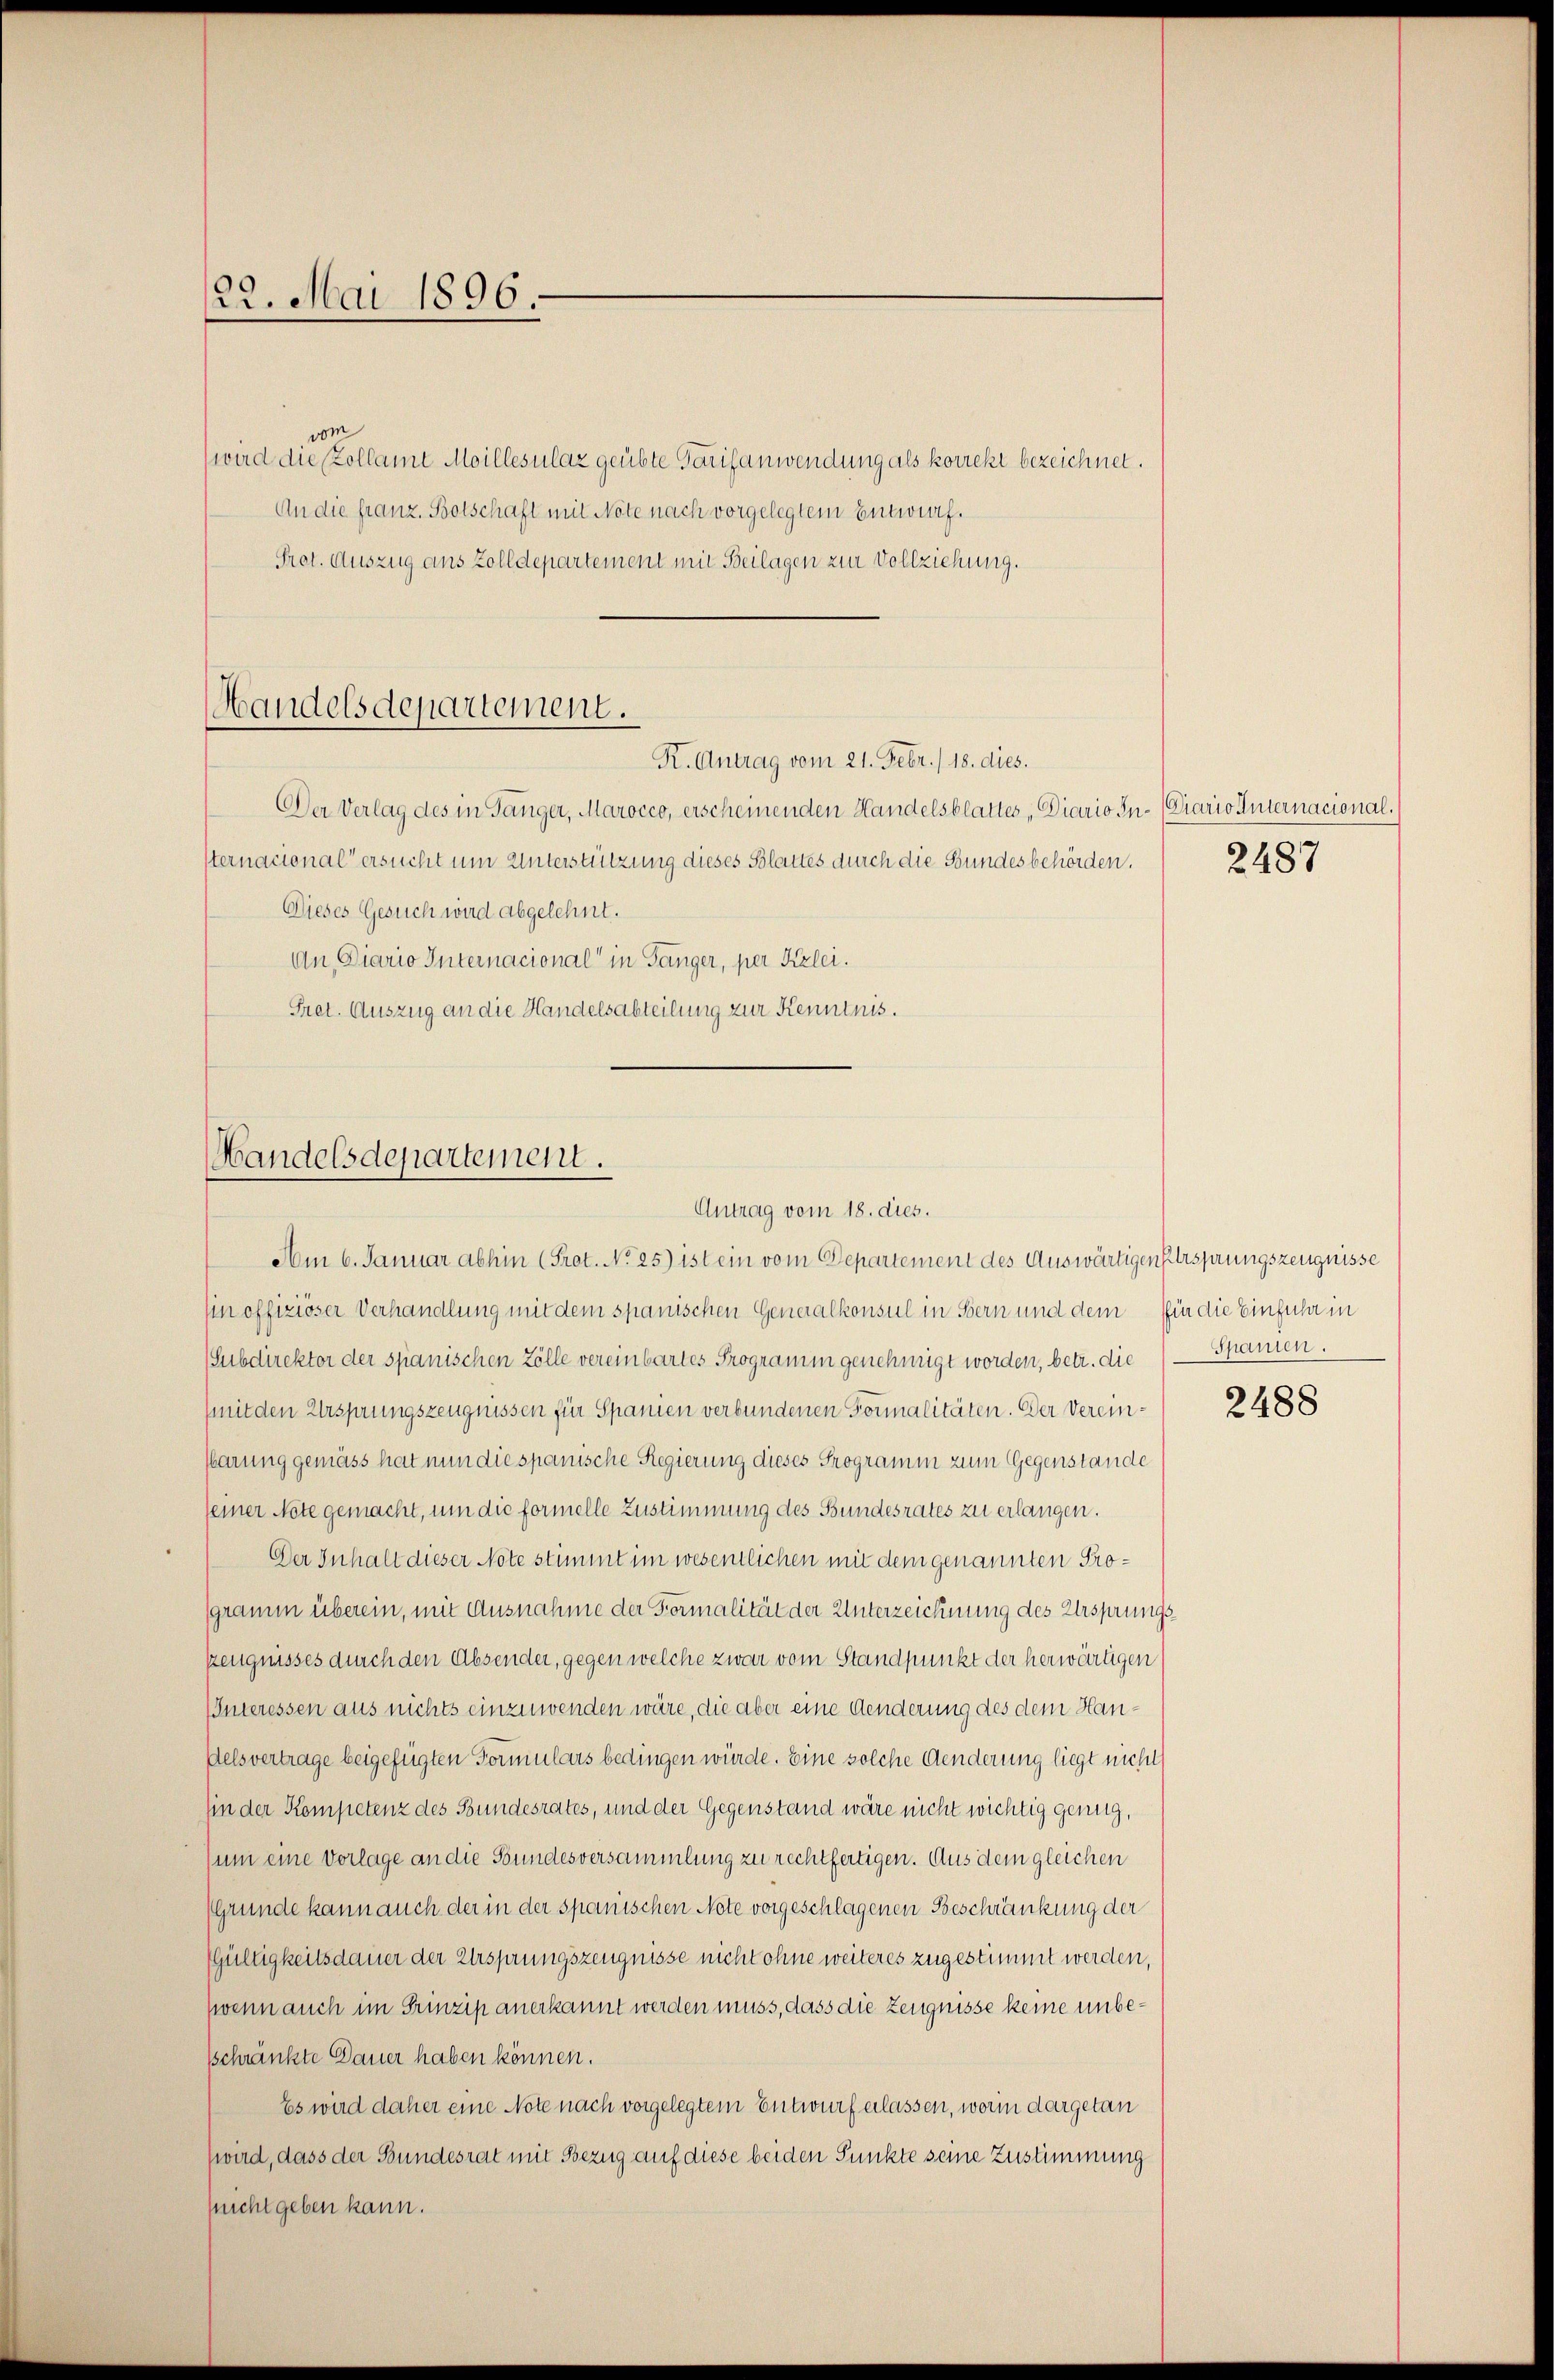
122. Mai 1896.

Handelsdepartement.
K. Antrag vom 21. Febr. /18. dies.

Der Verlag des in Tänger, Marocco, erscheinenden Handelsblattes „Diario In- (Ciario Internacional.
sternacional ersucht um Unterstützung dieses Blattes durch die Bundesbehörden.
Dieses Gesuch wird abgelehnt.
An Diario Internacional in Gänger, per Kizlei.
Pret. Auszug an die Handelsabteilung zur Kenntnis.

Mandelsdepartement.
Antrag vom 18. dies.

vom
wird die Zollamt Meillesulaz geübte Tarifanwendung als korrekt bezeichnet.
An die franz. Botschaft mit Note nach vorgelegtem Entwurf.
Prot. Auszug aus Zolldepartement mit Beilagen zur Vollziehung.

Am 6. Januar abhin (Prot. No 25) ist ein vom Departement des Auswärtigen ersprungszeugnisse
un offiziöser Verhandlung mit dem spanischen Generalkonsul in Bern und dem für die Einführe in
(Subdirektor der spanischen Zölle vereinbartes Programm genehmigt worden, betr. die (— Spanien.
(mit den Ursprungszeugnissen für Spanien verbundenen Formalitäten. Der Verein¬
Karung gemäss hat nun die spanische Regierung dieses Programm zum Gegenstände
seiner Note gemacht, um die formelle Zustimmung des Bundesrates zu erlangen.
Der Inhalt dieser Note stimmt im wesentlichen mit dem genannten Programm überein, mit Ausnahme der Formalität der Unterzeichnung des Ursprungs¬
Zeugnisses durch den Absender, gegen welche zwar vom Standpunkt der herwärtigen
Interessen aus nichts einzuwenden wäre, die aber eine Aenderung des dem Handelsvertrage beigefügten Formulars bedingen würde. Eine solche Aenderung liegt nicht
hin der Kompetenz des Bundesrates, und der Gegenstand wäre nicht wichtig genug,
um eine Vorlage an die Bundesversammlung zu rechtfertigen. Aus dem gleichen
Grunde kann auch der in der spanischen Note vorgeschlagenen Beschränkung der
(Gültigkeitsdauer der Ursprungszeugnisse nicht ohne weiteres zugestimmt werden,
wenn auch im Prinzip anerkannt werden muss, dass die Zeugnisse keine unbesschränkte Dauer haben können.
Es wird daher eine Note nach vorgelegtem Entwurf erlassen, worin dargetan
(wird, dass der Bundesrat mit Bezug auf diese beiden Punkte seine Zustimmung
snicht geben kann.

2487

2488